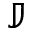
\mathbb { J }